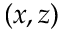
( x , z )